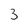
Character: 3